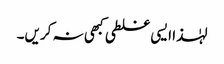
لہٰذا ایسی غلطی کبھی نہ کریں۔